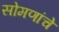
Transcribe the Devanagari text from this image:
सोमणांचे